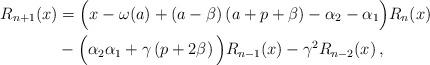
LaTeX: \begin{align*} R_{n+1}(x) & = \Big(x-\omega(a) + \left(a-\beta \right)\left(a+p+\beta \right) -\alpha_{2}-\alpha_{1}\Big) R_n(x)\\ &-\Big(\alpha_{2}\alpha_{1} + \gamma \left(p+2 \beta \right)\Big)R_{n-1}(x)-\gamma^2 R_{n-2}(x) \, ,\;\end{align*}